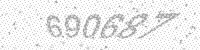
Solution: 690687